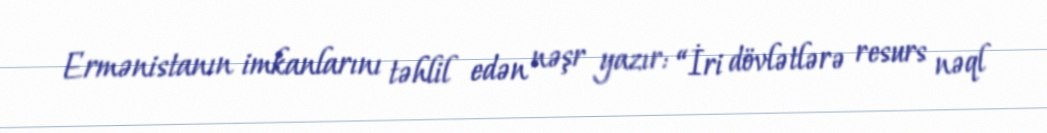
Ermənistanın imkanlarını təhlil edən nəşr yazır: “İri dövlətlərə resurs nəql